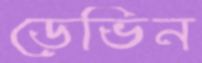
ডেভিন